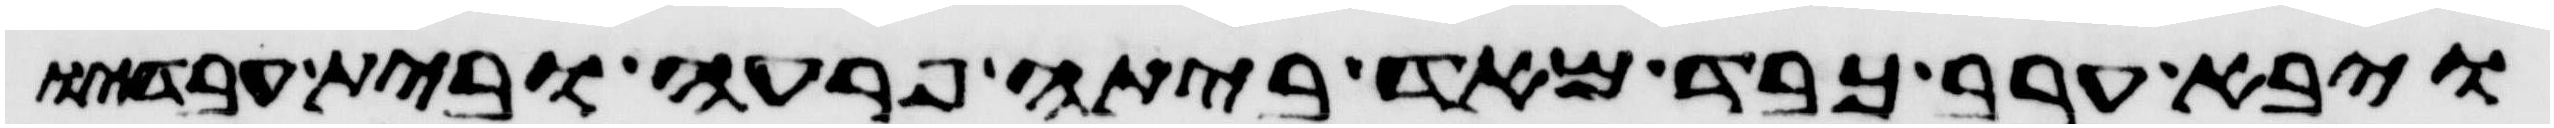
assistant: ויבא ערב כבד מאד ביתה פרעה ובית עבדיו